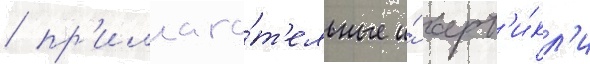
/ пр'илага́т'ельные и́ арт'и́кл'и